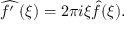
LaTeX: { \widehat { f ^ { \prime } \; } } ( \xi ) = 2 \pi i \xi { \hat { f } } ( \xi ) .